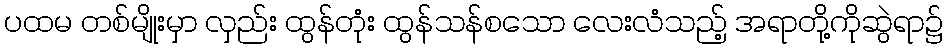
ပထမ တစ်မျိုးမှာ လှည်း ထွန်တုံး ထွန်သန်စသော လေးလံသည့် အရာတို့ကိုဆွဲရာ၌